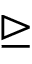
\trianglerighteq